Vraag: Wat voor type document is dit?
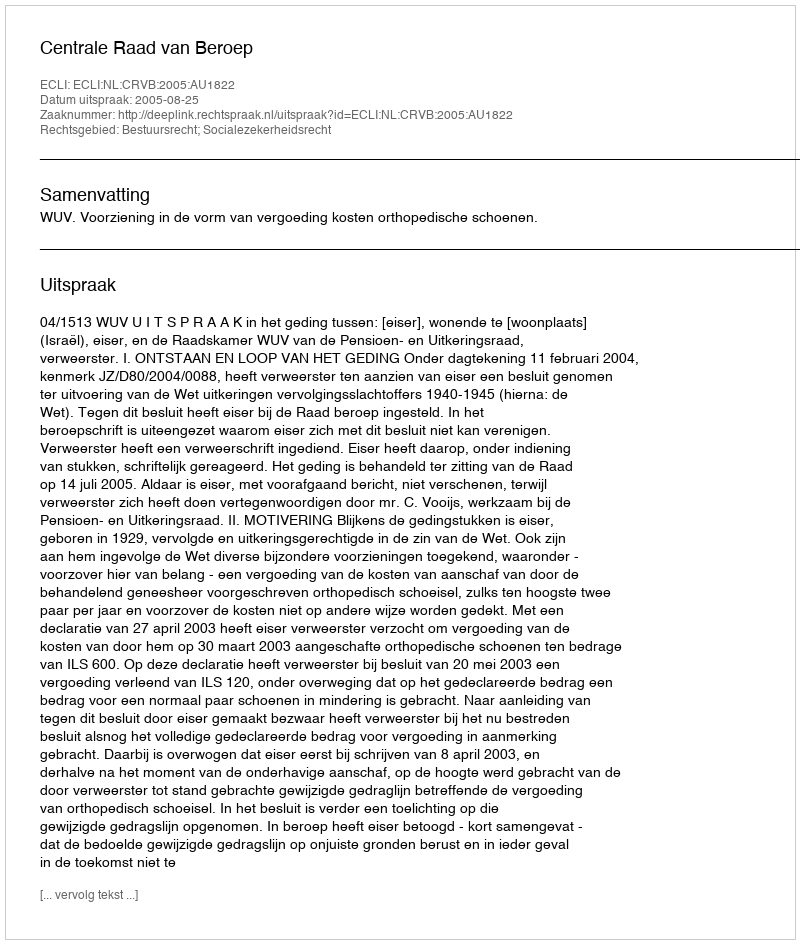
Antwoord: Uitspraak